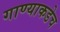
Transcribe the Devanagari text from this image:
गाण्याकडेच